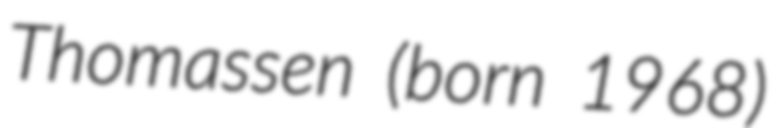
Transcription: Thomassen (born 1968)